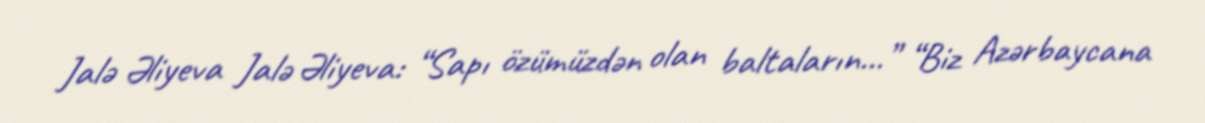
Jalə Əliyeva Jalə Əliyeva: “Sapı özümüzdən olan baltaların...” “Biz Azərbaycana